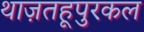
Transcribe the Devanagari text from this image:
थाज़तहूपुरकल